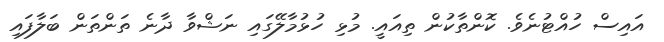
އައިސް ހުއްޓުނެވެ. ކޮންތާކުން ތިއައީ. މުޅި ހުޅުމާލޭގައި ނަޝްވާ ދާނެ ތަންތަން ބަލާފައި